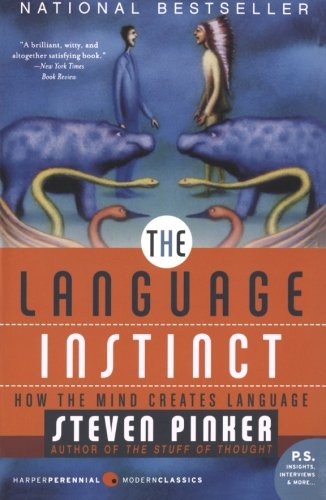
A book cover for The Language Instinct: How the Mind Creates Language (P.S.); Steven Pinker; Medical Books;